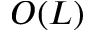
O ( L )